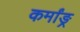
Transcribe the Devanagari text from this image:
कर्मांङ्र